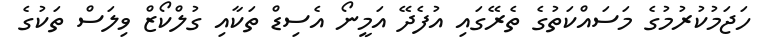
ހަޖަމުކުރުމުގެ މަސައްކަތުގެ ތެރޭގައި އުފެދޭ އަމީނޯ އެސިޑް ތަކާއި ގުލްކޯޒް ވިލަސް ތަކުގެ